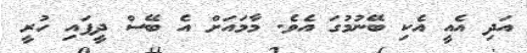
އަދި އެއީ އެކި ބޭނުމުގަ އެވެ. މާމައަށް އެ ބޭސް ދީފައި ހުރީ